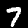
Digit: 7